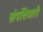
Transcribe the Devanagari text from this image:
संपत्तिधारी